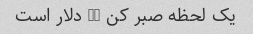
یک لحظه صبر کن 30 دلار است